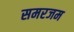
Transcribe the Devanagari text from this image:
समरजम